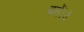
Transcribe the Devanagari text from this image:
बनें।वे